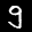
Label: 9